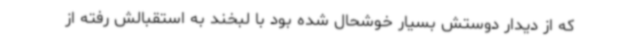
که از دیدار دوستش بسیار خوشحال شده بود با لبخند به استقبالش رفته از